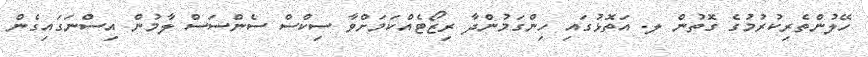
ހޭލުންތެރިކުރުމުގެ ގޮތުން ލ. އަތޮޅުގައި ހިންގަމުންދާ ރިޒޯޓެއްކަމަށްވާ ސިކްސް ސެންސަސް ލާމުން އިސްނަގައިގެން